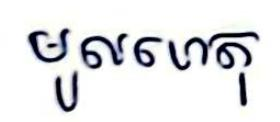
មូលហេតុ